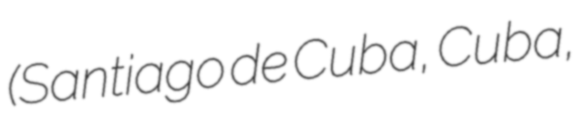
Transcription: (Santiago de Cuba, Cuba,